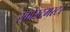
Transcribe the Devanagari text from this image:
स्कोउटमस्टर्